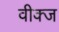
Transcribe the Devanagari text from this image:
वीक्ज